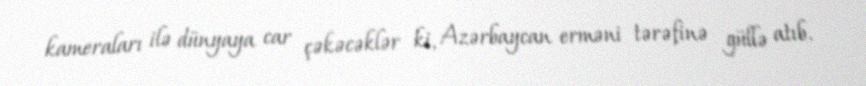
kameraları ilə dünyaya car çəkəcəklər ki, Azərbaycan erməni tərəfinə güllə atıb.